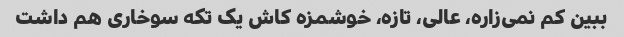
ببین کم نمی‌زاره، عالی، تازه، خوشمزه کاش یک تکه سوخاری هم داشت